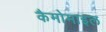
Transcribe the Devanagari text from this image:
कैमोमाइल